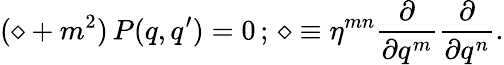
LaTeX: (\diamond+m^{2})\, P(q,q^{\prime})=0\, ;\, \diamond\equiv\eta^{mn}\frac{\partial}{\partial q^{m}}\frac{\partial}{\partial q^{n}}.